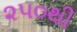
૨૫૦થી